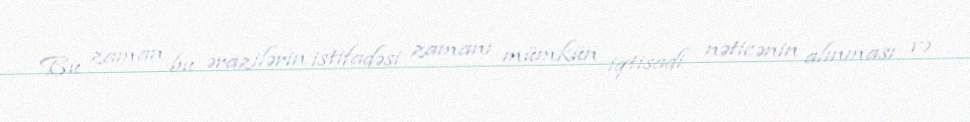
Bu zaman bu ərazilərin istifadəsi zamanı mümkün iqtisadi nəticənin alınması və